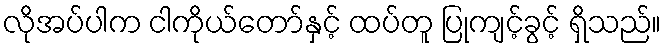
လိုအပ်ပါက ငါကိုယ်တော်နှင့် ထပ်တူ ပြုကျင့်ခွင့် ရှိသည်။